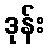
ဒုန်း